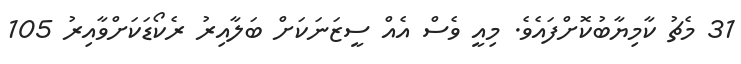
31 މެޗު ކާމިޔާބުކޮށްފައެވެ. މިއީ ވެސް އެއް ސީޒަނަކަށް ބަލާއިރު ރެކޯޑަކަށްވާއިރު 105